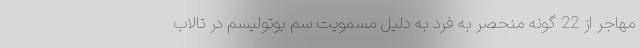
مهاجر از 22 گونه منحصر به فرد به دلیل مسمویت سم بوتولیسم در تالاب